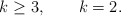
\begin{align*} k\geq3,\qquad k=2.\end{align*}